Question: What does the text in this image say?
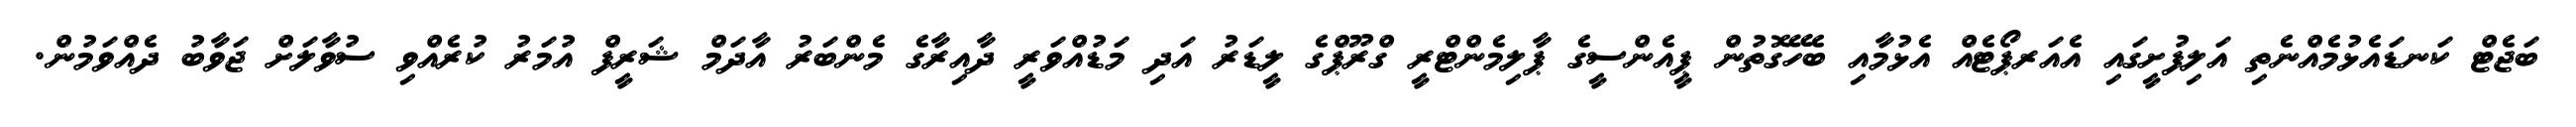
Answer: ބަޖެޓް ކަނޑައެޅުމެއްނެތި އަލިފުށީގައި އެއަރޕޯޓެއް އެޅުމާއި ބެހޭގޮތުން ޕީއެންސީގެ ޕާލިމެންޓްރީ ގްރޫޕްގެ ލީޑަރު އަދި މަޑުއްވަރީ ދާއިރާގެ މެންބަރު އާދަމް ޝަރީފް އުމަރު ކުރެއްވި ސުވާލަށް ޖަވާބު ދެއްވަމުން.